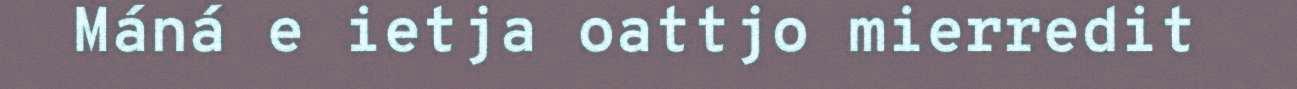
Máná e ietja oattjo mierredit